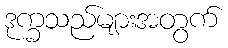
ဒုက္ခသည်များအတွက်